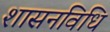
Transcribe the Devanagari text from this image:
शासनविधि